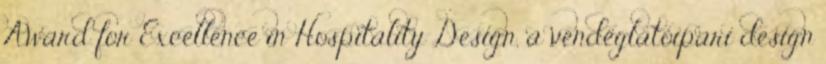
Award for Excellence in Hospitality Design, a vendéglátóipari design